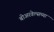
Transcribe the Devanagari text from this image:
बोअरवेल्सच्या